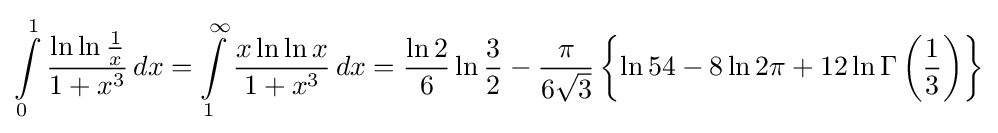
\int \limits _{0}^{1}{\frac {\ln \ln {\frac {1}{x}}}{1+x^{3}}}\,dx=\int \limits _{1}^{\infty }{\frac {x\ln \ln x}{1+x^{3}}}\,dx={\frac {\ln 2}{6}}\ln {\frac {3}{2}}-{\frac {\pi }{6{\sqrt {3}}}}\left\{\ln 54-8\ln 2\pi +12\ln \Gamma \left({\frac {1}{3}}\right)\right\}